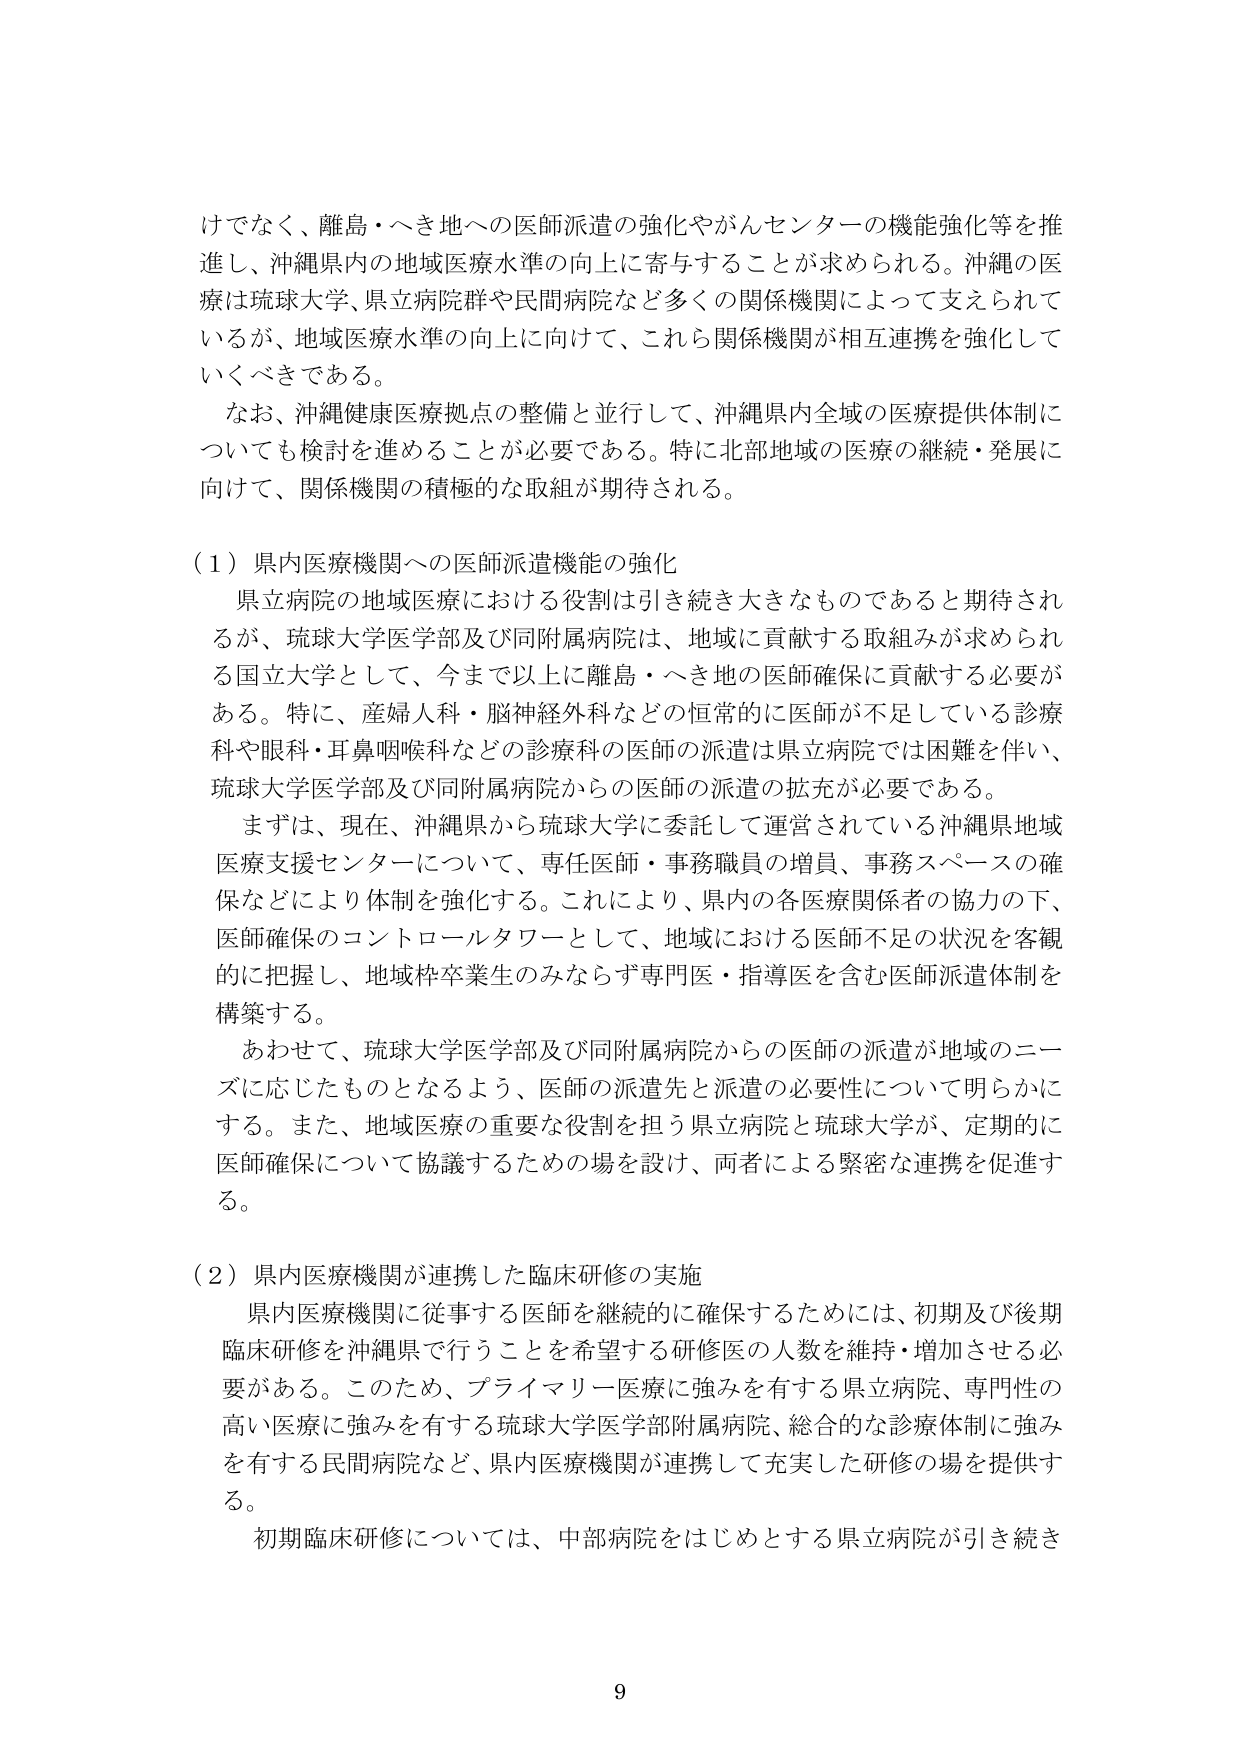
けでなく、離島・へき地への医師派遣の強化やがんセンターの機能強化等を推進し、沖縄県内の地域医療水準の向上に寄与することが求められる。沖縄の医療は琉球大学、県立病院群や民間病院など多くの関係機関によって支えられているが、地域医療水準の向上に向けて、これら関係機関が相互連携を強化していくべきである。

なお、沖縄健康医療拠点の整備と並行して、沖縄県内全域の医療提供体制についても検討を進めることが必要である。特に北部地域の医療の継続・発展に向けて、関係機関の積極的な取組が期待される。

（１）県内医療機関への医師派遣機能の強化

県立病院の地域医療における役割は引き続き大きなものであると期待されるが、琉球大学医学部及び同附属病院は、地域に貢献する取組みが求められる国立大学として、今まで以上に離島・へき地の医師確保に貢献する必要がある。特に、産婦人科・脳神経外科などの恒常的に医師が不足している診療科や眼科・耳鼻咽喉科などの診療科の医師の派遣は県立病院では困難を伴い、琉球大学医学部及び同附属病院からの医師の派遣の拡充が必要である。

まずは、現在、沖縄県から琉球大学に委託して運営されている沖縄県地域医療支援センターについて、専任医師・事務職員の増員、事務スペースの確保などにより体制を強化する。これにより、県内の各医療関係者の協力の下、医師確保のコントロールタワーとして、地域における医師不足の状況を客観的に把握し、地域枠卒業生のみならず専門医・指導医を含む医師派遣体制を構築する。

あわせて、琉球大学医学部及び同附属病院からの医師の派遣が地域のニーズに応じたものとなるよう、医師の派遣先と派遣の必要性について明らかにする。また、地域医療の重要な役割を担う県立病院と琉球大学が、定期的に医師確保について協議するための場を設け、両者による緊密な連携を促進する。

（２）県内医療機関が連携した臨床研修の実施

県内医療機関に従事する医師を継続的に確保するためには、初期及び後期臨床研修を沖縄県で行うことを希望する研修医の人数を維持・増加させる必要がある。このため、プライマリー医療に強みを有する県立病院、専門性の高い医療に強みを有する琉球大学医学部附属病院、総合的な診療体制に強みを有する民間病院など、県内医療機関が連携して充実した研修の場を提供する。

初期臨床研修については、中部病院をはじめとする県立病院が引き続き

9